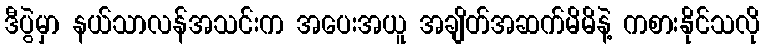
ဒီပွဲမှာ နယ်သာလန်အသင်းက အပေးအယူ အချိတ်အဆက်မိမိနဲ့ ကစားနိုင်သလို